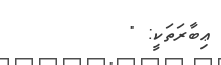
ޢިބާރަތަކީ: "